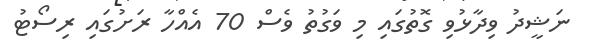
ނަޝީދު ވިދާޅުވި ގޮތުގައި މި ވަގުތު ވެސް 70 އެއްހާ ރަށުގައި ރިސޯޓު